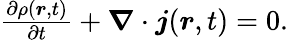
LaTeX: \begin{array}{r}{\frac{\partial\rho(\boldsymbol r,t)}{\partial t}+\boldsymbol{\nabla}\cdot\boldsymbol j(\boldsymbol r,t)=0.}\end{array}